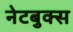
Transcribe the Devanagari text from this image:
नेटबुक्स